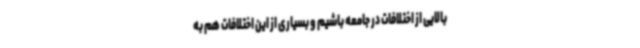
بالایی از اختلافات در جامعه باشیم و بسیاری از این اختلافات هم به